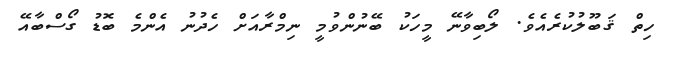
ހިތް ޤަބޫލުކުރެއެވެ. ލޯބިވާނޭ މީހަކު ބޭނުންވުމީ ނިމްރާއަށް ހެދުނު އެންމެ ބޮޑު ގޯސްބާއޭ